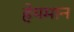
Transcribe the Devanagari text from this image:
हेयमान